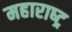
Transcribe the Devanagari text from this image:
महाराष्‍ट्र